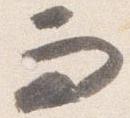
而